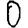
Digit: 0